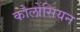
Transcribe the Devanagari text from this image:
कोलोसियन